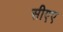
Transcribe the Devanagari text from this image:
सीएए